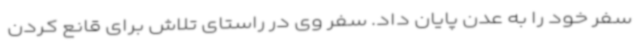
سفر خود را به عدن پایان داد. سفر وی در راستای تلاش برای قانع کردن